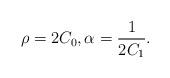
LaTeX: \begin{align*}\rho=2C_0,\alpha=\frac{1}{2C_1}.\end{align*}